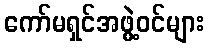
ကော်မရှင်အဖွဲ့ဝင်များ